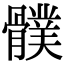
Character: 𩪛